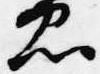
忠